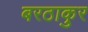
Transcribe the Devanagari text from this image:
बरठाकुर